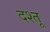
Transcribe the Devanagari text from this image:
दश्तू